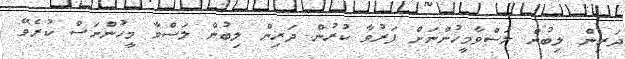
ދަރިން ލިބުން ލަސްވާމީހުންނަށް ފަރުވާ ކުރުން ދަރިން ލިބުން ލަސްވާ މީހުންނަސް ކުރެވޭ